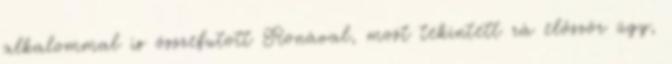
alkalommal is összefutott Ronával, most tekintett rá először úgy,